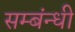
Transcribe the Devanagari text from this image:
सम्बंन्धी